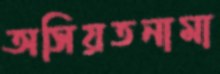
অসিয়তনামা